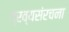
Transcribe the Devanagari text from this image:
द्रव्यसंरचना